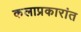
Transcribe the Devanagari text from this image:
कलाप्रकारांत